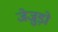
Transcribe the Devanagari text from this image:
जेजुड़ो